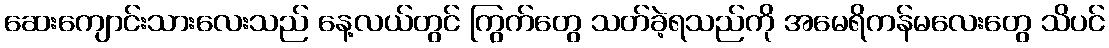
ဆေးကျောင်းသားလေးသည် နေ့လယ်တွင် ကြွက်တွေ သတ်ခဲ့ရသည်ကို အမေရိကန်မလေးတွေ သိပင်